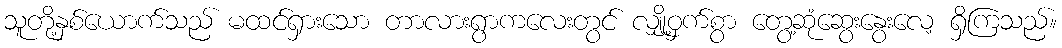
သူတို့နှစ်ယောက်သည် မထင်ရှားသော တာလားရွာကလေးတွင် လျှို့ဝှက်စွာ တွေ့ဆုံဆွေးနွေးလေ့ ရှိကြသည်။